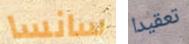
سانسا تعقيدا